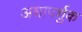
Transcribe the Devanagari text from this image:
अधापर्शुक